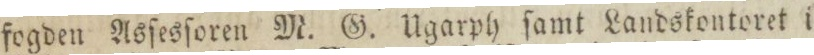
fogden Asſesſoren M. G. Ugarph ſamt Landskontoret i